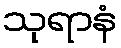
သုရာနံ